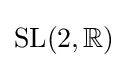
{\text{SL}}(2,\mathbb {R} )